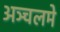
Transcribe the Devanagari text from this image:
अञ्चलमे